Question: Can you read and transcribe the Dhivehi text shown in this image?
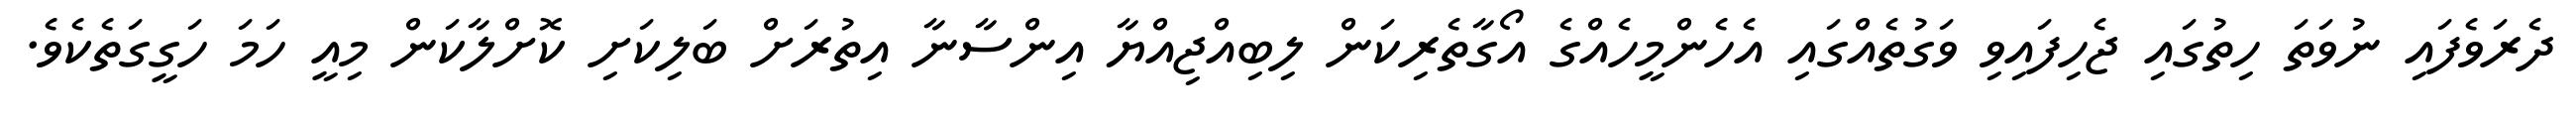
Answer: ދެރަވެފައި ނުވަތަ ހިތުގައި ޖެހިފައިވި ވަގުތެއްގައި އެހެންމީހެއްގެ އޯގާތެރިކަން ލިބިއްޖިއްޔާ އިންސާނާ އިތުރަށް ބަލިކަށި ކޮށްލާކަން މިއީ ހަމަ ހަގީގަތެކެވެ.